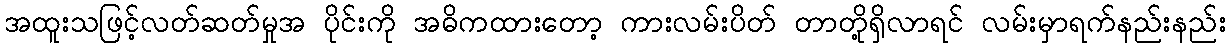
အထူးသဖြင့်လတ်ဆတ်မှုအ ပိုင်းကို အဓိကထားတော့ ကားလမ်းပိတ် တာတို့ရှိလာရင် လမ်းမှာရက်နည်းနည်း